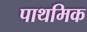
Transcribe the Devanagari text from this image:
पाथमिक